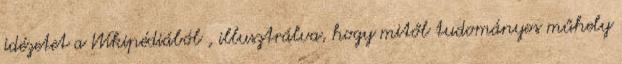
idézetet a Wikipédiából , illusztrálva, hogy mitől tudományos műhely